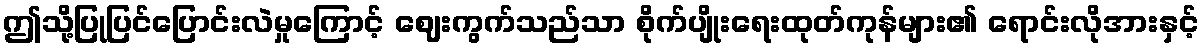
ဤသို့ပြုပြင်ပြောင်းလဲမှုကြောင့် ဈေးကွက်သည်သာ စိုက်ပျိုးရေးထုတ်ကုန်များ၏ ရောင်းလိုအားနှင့်